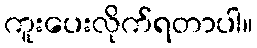
ကူးပေးလိုက်ရတာပါ။